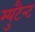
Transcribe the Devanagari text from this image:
म्युटैन्ट